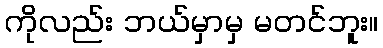
ကိုလည်း ဘယ်မှာမှ မတင်ဘူး။